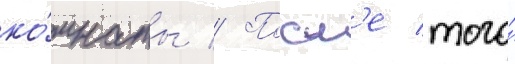
ко́мнаты // Посл'е того́